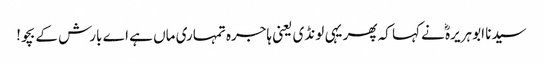
سیدنا ابو ہریرہؓ نے کہا کہ پھر یہی لونڈی یعنی ہاجرہ تمہاری ماں ہے اے بارش کے بچو!